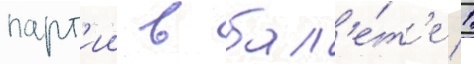
парт'ии в бал'е́т'е 1